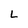
Character: L